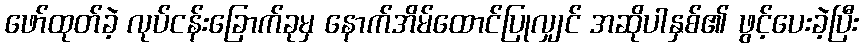
ဖော်ထုတ်ခဲ့ လုပ်ငန်းခြောက်ခုမှ နောက်အိမ်ထောင်ပြုလျှင် အဆိုပါနှစ်၏ ဖွင့်ပေးခဲ့ပြီး